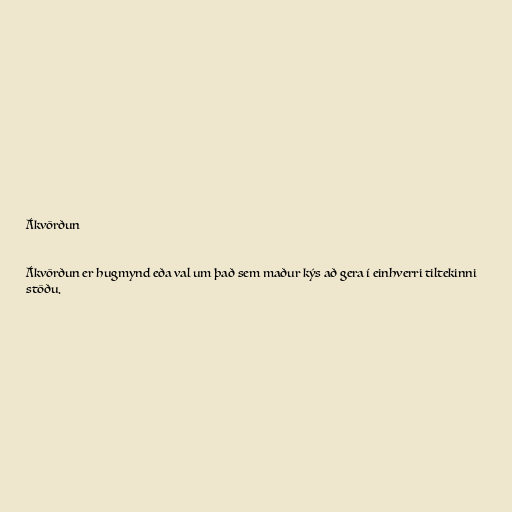
Ákvörðun

Ákvörðun er hugmynd eða val um það sem maður kýs að gera í einhverri tiltekinni
stöðu.